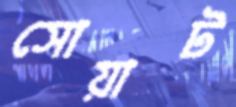
সোয়াট